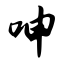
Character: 呻